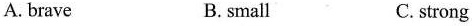
A.brave B. small C.strong